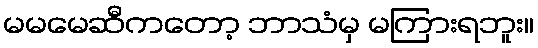
မမမေဆီကတော့ ဘာသံမှ မကြားရဘူး။